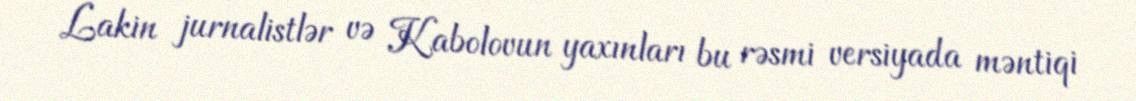
Lakin jurnalistlər və Kabolovun yaxınları bu rəsmi versiyada məntiqi